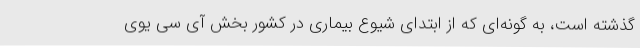
گذشته است، به گونه‌ای که از ابتدای شیوع بیماری در کشور بخش آی سی یوی